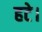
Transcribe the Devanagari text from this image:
हटे।